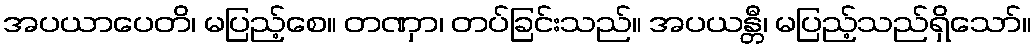
အပယာပေတိ၊ မပြည့်စေ။ တဏှာ၊ တပ်ခြင်းသည်။ အပယန္တီ၊ မပြည့်သည်ရှိသော်။